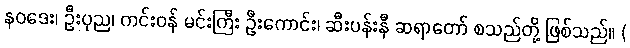
နဝဒေး၊ ဦးပုည၊ ကင်းဝန် မင်းကြီး ဦးကောင်း၊ ဆီးပန်းနီ ဆရာတော် စသည်တို့ ဖြစ်သည်။ (